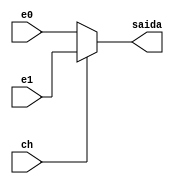
module mux2_32
(e0,e1,ch,saida);

input [31:0] e0, e1;
input ch;
output reg [31:0] saida;

always @(*)
begin
	if(ch == 1'b0)
		begin
		saida = e0;
		end
	else
		begin
		saida = e1;
		end
end
endmodule